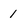
Character: 1